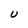
Character: u